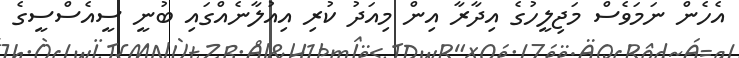
އެހެން ނަމަވެސް މަޖިލީހުގެ އިދާރާ އިން މިއަދު ކުރި އިއުލާނެއްގައި ބުނީ ސީއެސްސީގެ